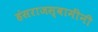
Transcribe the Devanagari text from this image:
हंसराजस्वामींनी